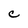
Character: c